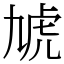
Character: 虓